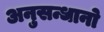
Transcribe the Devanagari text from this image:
अनुसन्धानो